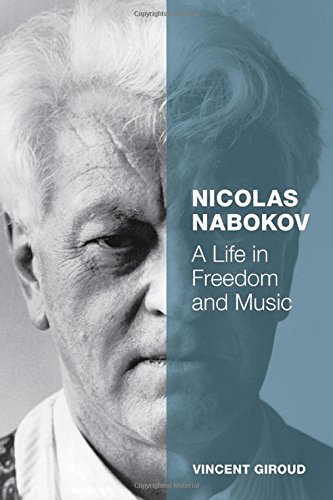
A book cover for Nicolas Nabokov: A Life in Freedom and Music; Vincent Giroud; Biographies & Memoirs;